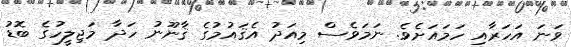
ވަނަ އަހަރާއި ހަމައަށެވެ. ނަމަވެސް މިއަދު އެޤައުމުގެ ޤާނޫނު ހަދާ މަޖިލީހުގެ ބޮޑު